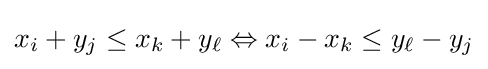
x_{i}+y_{j}\leq x_{k}+y_{\ell }\Leftrightarrow x_{i}-x_{k}\leq y_{\ell }-y_{j}